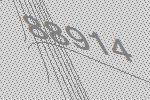
88914